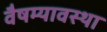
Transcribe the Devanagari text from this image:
वैषम्यावस्था